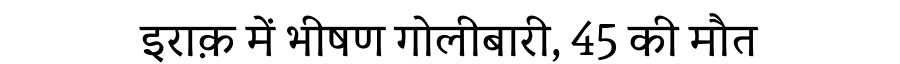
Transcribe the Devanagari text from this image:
इराक़ में भीषण गोलीबारी, 45 की मौत